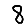
Digit: 8